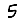
Digit: 5